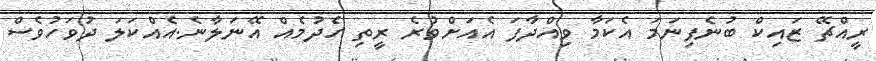
ރީއްޗޭ ޒައިކް ބުނެފިނަމަ އެކަމާ ވިއްދާފަ އެއަށްވުރެ ރީތި ހެދުމެއް އޭނަލާނެ.އެއްކަލަ ދުވަހުވެސް